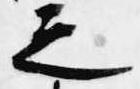
之